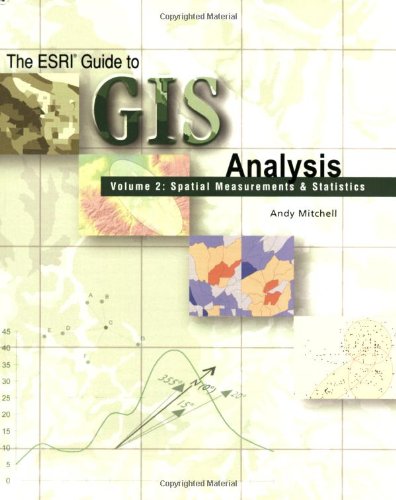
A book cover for The Esri Guide to GIS Analysis, Volume 2: Spatial Measurements and Statistics; Andy Mitchell; Computers & Technology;